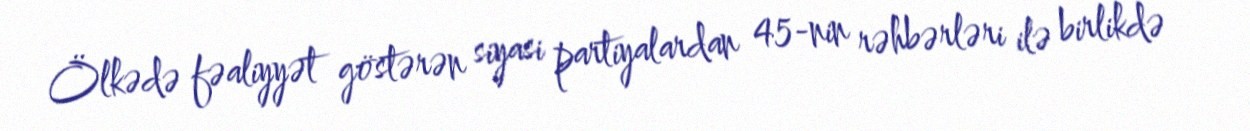
Ölkədə fəaliyyət göstərən siyasi partiyalardan 45-nin rəhbərləri ilə birlikdə